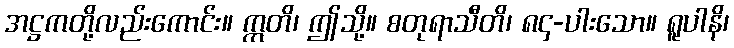
အဋ္ဌကတို့လည်းကောင်း။ ဣတိ၊ ဤသို့။ စတုရာသီတိ၊ ၈၄-ပါးသော။ ရူပါနိ၊